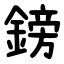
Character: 鎊